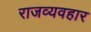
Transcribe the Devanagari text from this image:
राजव्यवहार